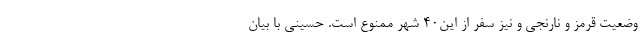
وضعیت قرمز و نارنجی و نیز سفر از این۴۰ شهر ممنوع است. حسینی با بیان